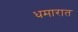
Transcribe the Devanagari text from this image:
धमारात